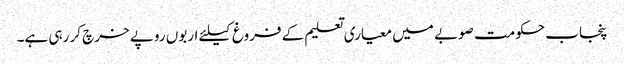
پنجاب حکومت صوبے میں معیاری تعلیم کے فروغ کیلئے اربوں روپے خرچ کر رہی ہے۔